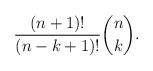
LaTeX: \begin{align*} \frac{(n+1)!}{(n-k+1)!} \binom{n}{k}.\end{align*}